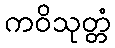
ကဝိသုတ္တံ